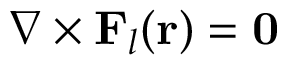
\nabla \times \mathbf { F } _ { l } ( \mathbf { r } ) = \mathbf { 0 }